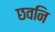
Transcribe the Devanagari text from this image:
छवनि